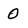
Character: 0